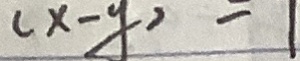
( x - y ) = 1